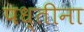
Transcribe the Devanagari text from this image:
पध्तीना